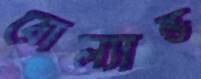
রোল্যান্ড